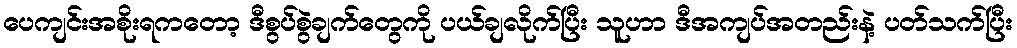
ပေကျင်းအစိုးရကတော့ ဒီစွပ်စွဲချက်တွေကို ပယ်ချလိုက်ပြီး သူဟာ ဒီအကျပ်အတည်းနဲ့ ပတ်သက်ပြီး